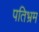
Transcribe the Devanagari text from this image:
पतिभ्रम